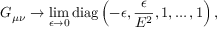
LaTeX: G _ { \mu \nu } \rightarrow \operatorname * { l i m } _ { \epsilon \rightarrow 0 } \mathrm { d i a g } \left( - \epsilon , \frac { \epsilon } { E ^ { 2 } } , 1 , \dots , 1 \right) ,